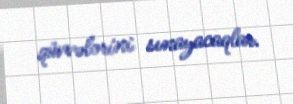
qüvvələrini sınayacaqlar.